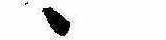
ゝ